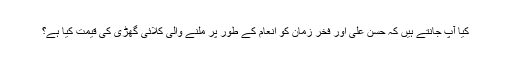
کیا آپ جانتے ہیں کہ حسن علی اور فخر زمان کو انعام کے طور پر ملنے والی کلائی گھڑی کی قیمت کیا ہے؟